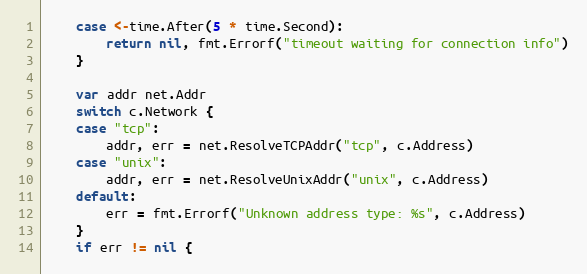
Language: Go
	case <-time.After(5 * time.Second):
		return nil, fmt.Errorf("timeout waiting for connection info")
	}

	var addr net.Addr
	switch c.Network {
	case "tcp":
		addr, err = net.ResolveTCPAddr("tcp", c.Address)
	case "unix":
		addr, err = net.ResolveUnixAddr("unix", c.Address)
	default:
		err = fmt.Errorf("Unknown address type: %s", c.Address)
	}
	if err != nil {